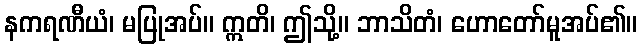
နကရဏီယံ၊ မပြုအပ်။ ဣတိ၊ ဤသို့။ ဘာသိတံ၊ ဟောတော်မူအပ်၏။